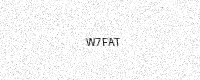
Text: W7FAT